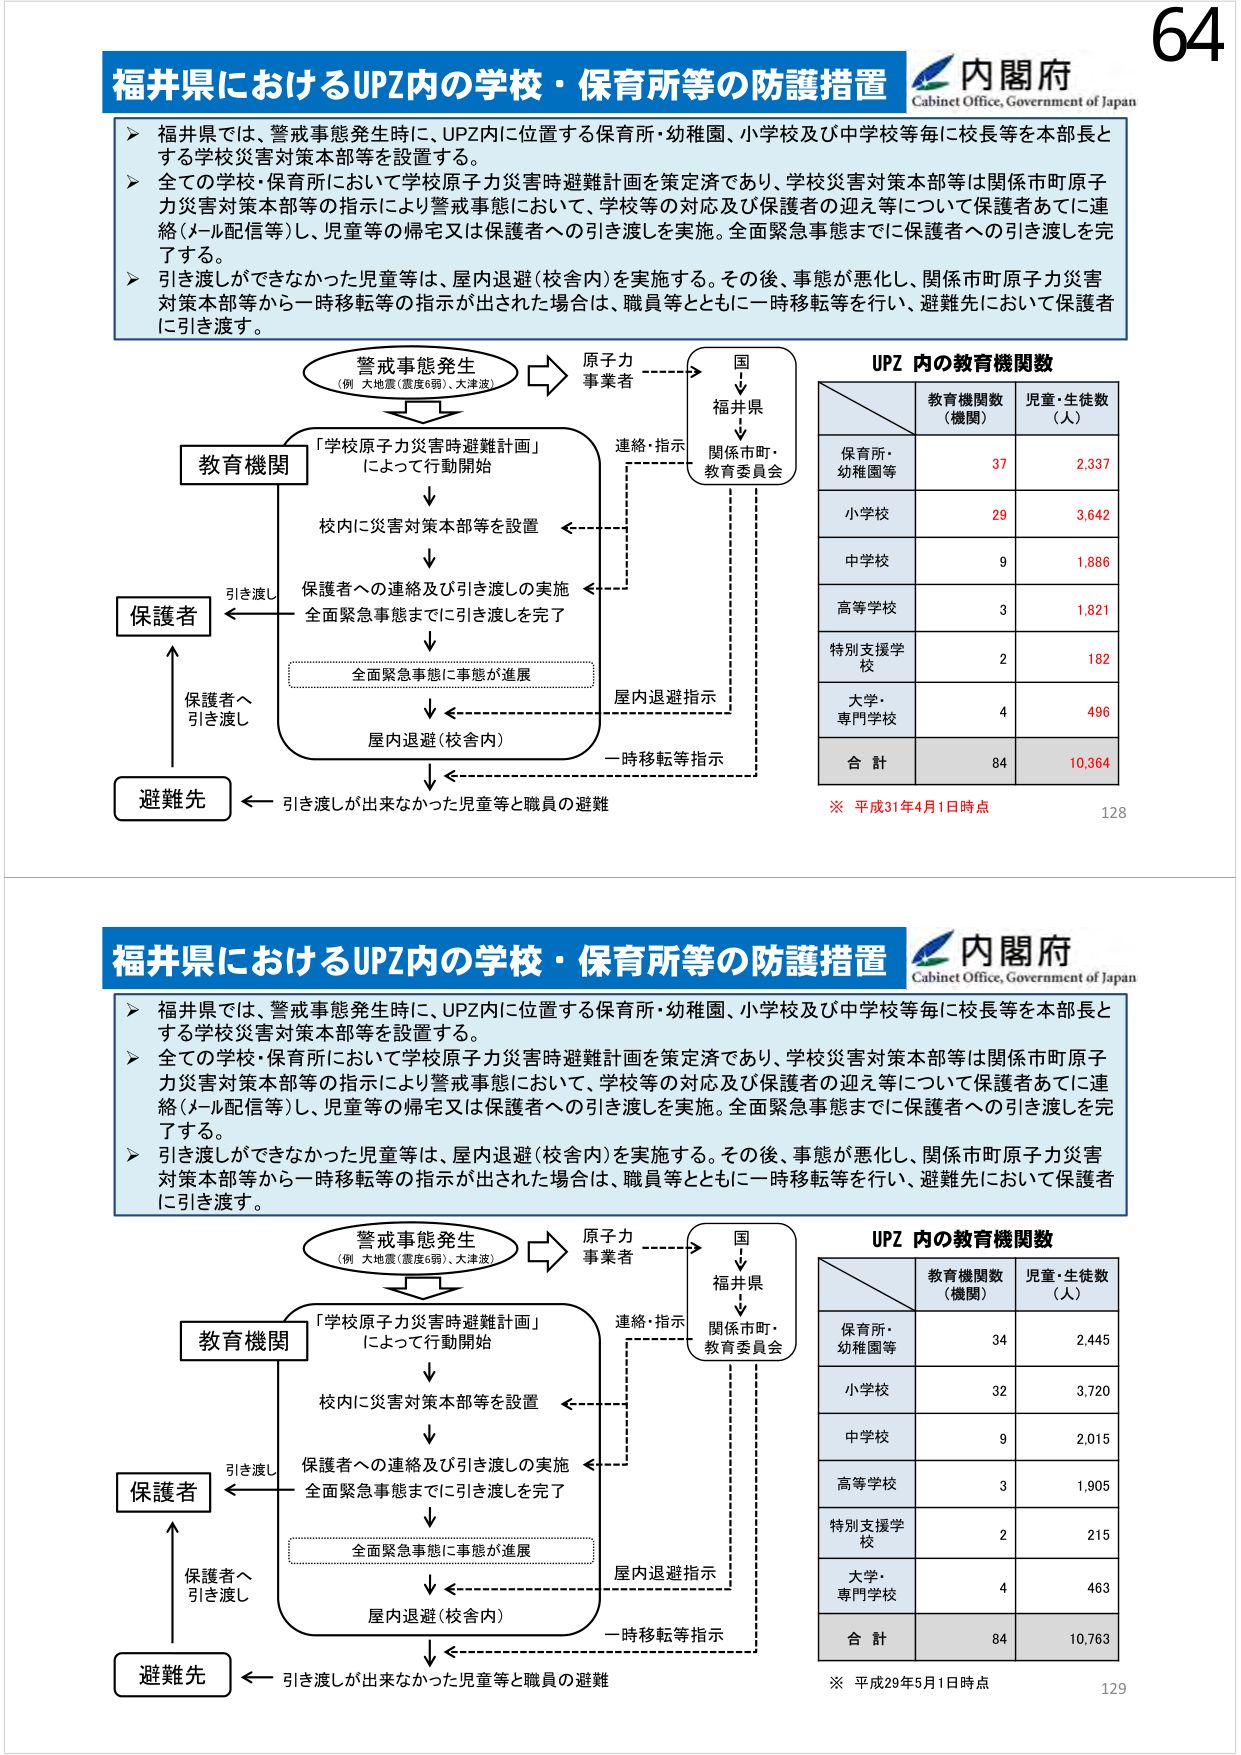
64
福井県におけるUPZ内の学校・保育所等の防護措置
内閣府
Cabinet Office, Government of Japan
▶ 福井県では、警戒事態発生時に、UPZ内に位置する保育所・幼稚園、小学校及び中学校等毎に校長等を本部長と
する学校災害対策本部等を設置する。
▶ 全ての学校・保育所において学校原子力災害時避難計画を策定済であり、学校災害対策本部等は関係市町原子
力災害対策本部等の指示により警戒事態において、学校等の対応及び保護者の迎え等について保護者あてに連
絡（メール配信等）し、児童等の帰宅又は保護者への引き渡しを実施。全面緊急事態までに保護者への引き渡しを完
了する。
▶ 引き渡しができなかった児童等は、屋内退避（校舎内）を実施する。その後、事態が悪化し、関係市町原子力災害
対策本部等から一時移転等の指示が出された場合は、職員等とともに一時移転等を行い、避難先において保護者
に引き渡す。
警戒事態発生
（例 大地震（震度6弱）、大津波）
原子力
事業者
国
↓
福井県
↓
関係市町・
教育委員会
UPZ 内の教育機関数
教育機関数
（機関）
児童・生徒数
（人）
保育所・
幼稚園等
37
2,337
小学校
29
3,642
中学校
9
1,886
高等学校
3
1,821
特別支援学
校
2
182
大学・
専門学校
4
496
合 計
84
10,364
※ 平成31年4月1日時点
128
教育機関
「学校原子力災害時避難計画」
によって行動開始
↓
校内に災害対策本部等を設置
↓
保護者への連絡及び引き渡しの実施
全面緊急事態までに引き渡しを完了
↓
全面緊急事態に事態が進展
↓
屋内退避（校舎内）
↓
一時移転等指示
連絡・指示
屋内退避指示
保護者
引き渡し
保護者へ
引き渡し
避難先
← 引き渡しが出来なかった児童等と職員の避難
福井県におけるUPZ内の学校・保育所等の防護措置
内閣府
Cabinet Office, Government of Japan
▶ 福井県では、警戒事態発生時に、UPZ内に位置する保育所・幼稚園、小学校及び中学校等毎に校長等を本部長と
する学校災害対策本部等を設置する。
▶ 全ての学校・保育所において学校原子力災害時避難計画を策定済であり、学校災害対策本部等は関係市町原子
力災害対策本部等の指示により警戒事態において、学校等の対応及び保護者の迎え等について保護者あてに連
絡（メール配信等）し、児童等の帰宅又は保護者への引き渡しを実施。全面緊急事態までに保護者への引き渡しを完
了する。
▶ 引き渡しができなかった児童等は、屋内退避（校舎内）を実施する。その後、事態が悪化し、関係市町原子力災害
対策本部等から一時移転等の指示が出された場合は、職員等とともに一時移転等を行い、避難先において保護者
に引き渡す。
警戒事態発生
（例 大地震（震度6弱）、大津波）
原子力
事業者
国
↓
福井県
↓
関係市町・
教育委員会
UPZ 内の教育機関数
教育機関数
（機関）
児童・生徒数
（人）
保育所・
幼稚園等
34
2,445
小学校
32
3,720
中学校
9
2,015
高等学校
3
1,905
特別支援学
校
2
215
大学・
専門学校
4
463
合 計
84
10,763
※ 平成29年5月1日時点
129
教育機関
「学校原子力災害時避難計画」
によって行動開始
↓
校内に災害対策本部等を設置
↓
保護者への連絡及び引き渡しの実施
全面緊急事態までに引き渡しを完了
↓
全面緊急事態に事態が進展
↓
屋内退避（校舎内）
↓
一時移転等指示
連絡・指示
屋内退避指示
保護者
引き渡し
保護者へ
引き渡し
避難先
← 引き渡しが出来なかった児童等と職員の避難